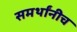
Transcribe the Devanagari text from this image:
समर्थांनीच